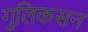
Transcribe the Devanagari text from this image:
गुलिकसन